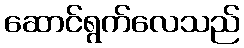
ဆောင်ရွက်လေသည်